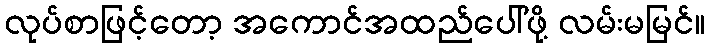
လုပ်စာဖြင့်တော့ အကောင်အထည်ပေါ်ဖို့ လမ်းမမြင်။